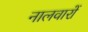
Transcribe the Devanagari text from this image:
नालवारों